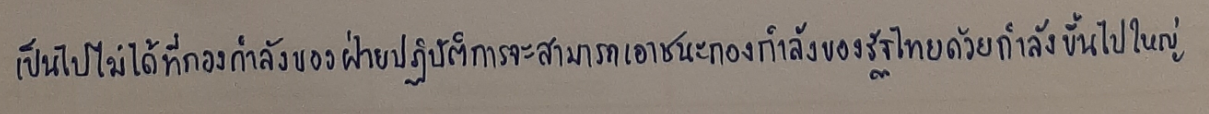
เป็นไปไม่ได้ที่กองกำลังของฝ่ายปฏิบัติการจะสามารถเอาชนะกองกำลังของรัฐไทยด้วยกำลังขึ้นไปใหญ่